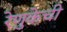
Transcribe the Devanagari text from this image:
रेणुकेची